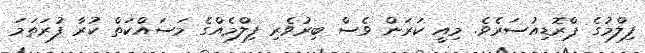
ފިލްމުގެ ޕްރޮޑިއުސަރެވެ. މިއީ ކަރަން ވެސް ބިރުވެރި ފިލްމެއްގެ މަސައްކަތް ކުރާ ފުރަތަމަ